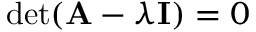
\operatorname* { d e t } ( \mathbf { A } - \lambda \mathbf { I } ) = 0